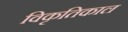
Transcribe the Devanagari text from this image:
विकृतिकाल